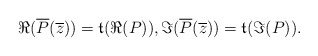
\begin{align*}\Re(\overline{P}(\overline{z}))=\frak{t}(\Re(P)),\Im(\overline{P}(\overline{z}))=\frak{t}(\Im(P)).\end{align*}